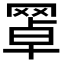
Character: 𦋚